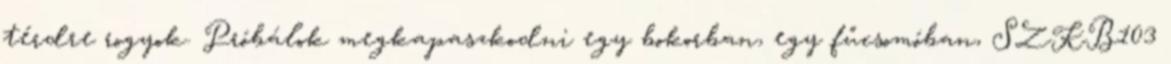
térdre rogyok. Próbálok megkapaszkodni egy bokorban, egy fűcsomóban, SZKB103